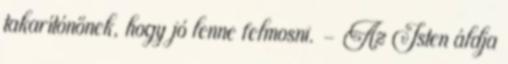
takarítónőnek, hogy jó lenne felmosni. - Az Isten áldja